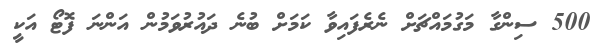
500 ސިންގާ މަގުމައްޗަށް ނެރެފައިވާ ކަމަށް ބުނެ ދައުރުވަމުން އަންނަ ފޮޓޯ އަކީ